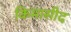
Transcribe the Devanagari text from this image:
किमासीद